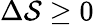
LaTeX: \Delta\mathcal{S}\ge0